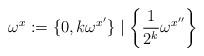
LaTeX: \begin{align*} \omega^{x}:=\{0,k\omega^{x'}\}\mid\left\{ \frac{1}{2^{k}}\omega^{x''}\right\} \end{align*}